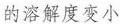
的溶解度变小